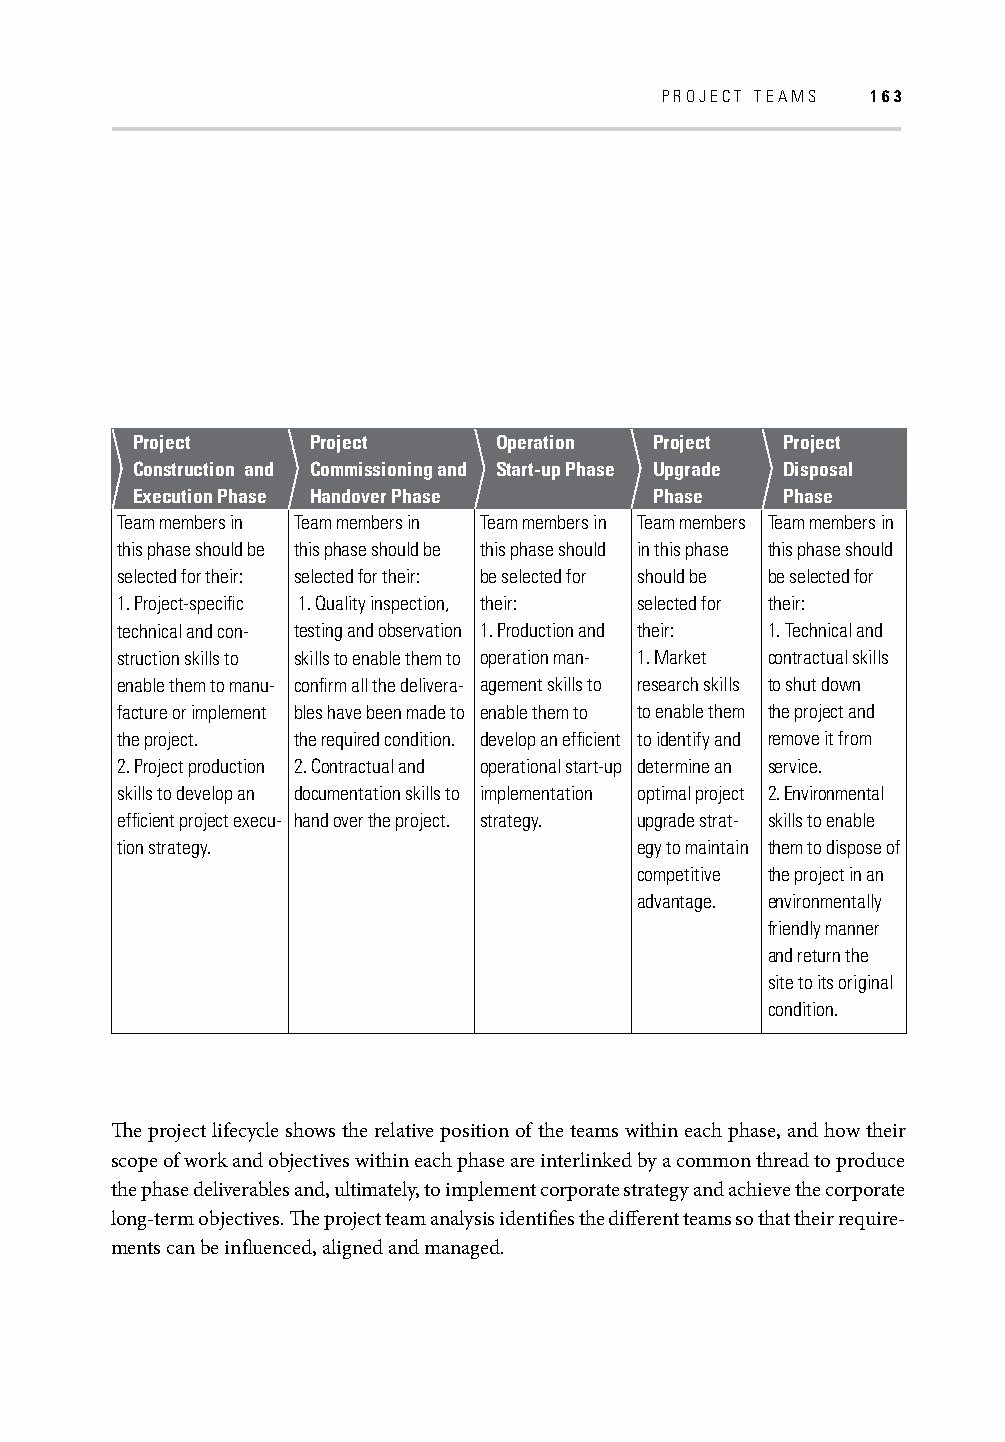
PROJECT TEAMS 163
 Project    Project      Operation Project  Project
 Construction and Commissioning and Start-up Phase Upgrade Disposal
 Execution Phase Handover Phase    Phase    Phase
 Team members in Team members in Team members in Team members Team members in
 this phase should be this phase should be this phase should in this phase this phase should
 selected for their: selected for their: be selected for should be be selected for
 1. Project-specifi c 1. Quality inspection, their: selected for their:
 technical and con- testing and observation 1. Production and their: 1. Technical and
 struction skills to skills to enable them to operation man- 1. Market contractual skills
 enable them to manu- confi rm all the delivera- agement skills to research skills to shut down
 facture or implement bles have been made to enable them to to enable them the project and
 the project. the required condition. develop an effi cient to identify and remove it from
 2. Project production 2. Contractual and operational start-up determine an service.
 skills to develop an documentation skills to implementation optimal project 2. Environmental
 effi cient project execu- hand over the project. strategy. upgrade strat- skills to enable
 tion strategy.                    egy to maintain them to dispose of
 competitive the project in an
 advantage. environmentally
 friendly manner
 and return the
 site to its original
 condition.
 Th e project lifecycle shows the relative position of the teams within each phase, and how their
 scope of work and objectives within each phase are interlinked by a common thread to produce
 the phase deliverables and, ultimately, to implement corporate strategy and achieve the corporate
 long-term objectives. Th e project team analysis identifi es the diff erent teams so that their require-
 ments can be infl uenced, aligned and managed.